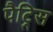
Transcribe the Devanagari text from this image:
पैट्रिस